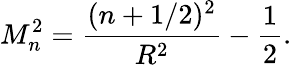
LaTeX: M_{n}^{2}=\frac{(n+1/2)^{2}}{R^{2}}-\frac{1}{2}.